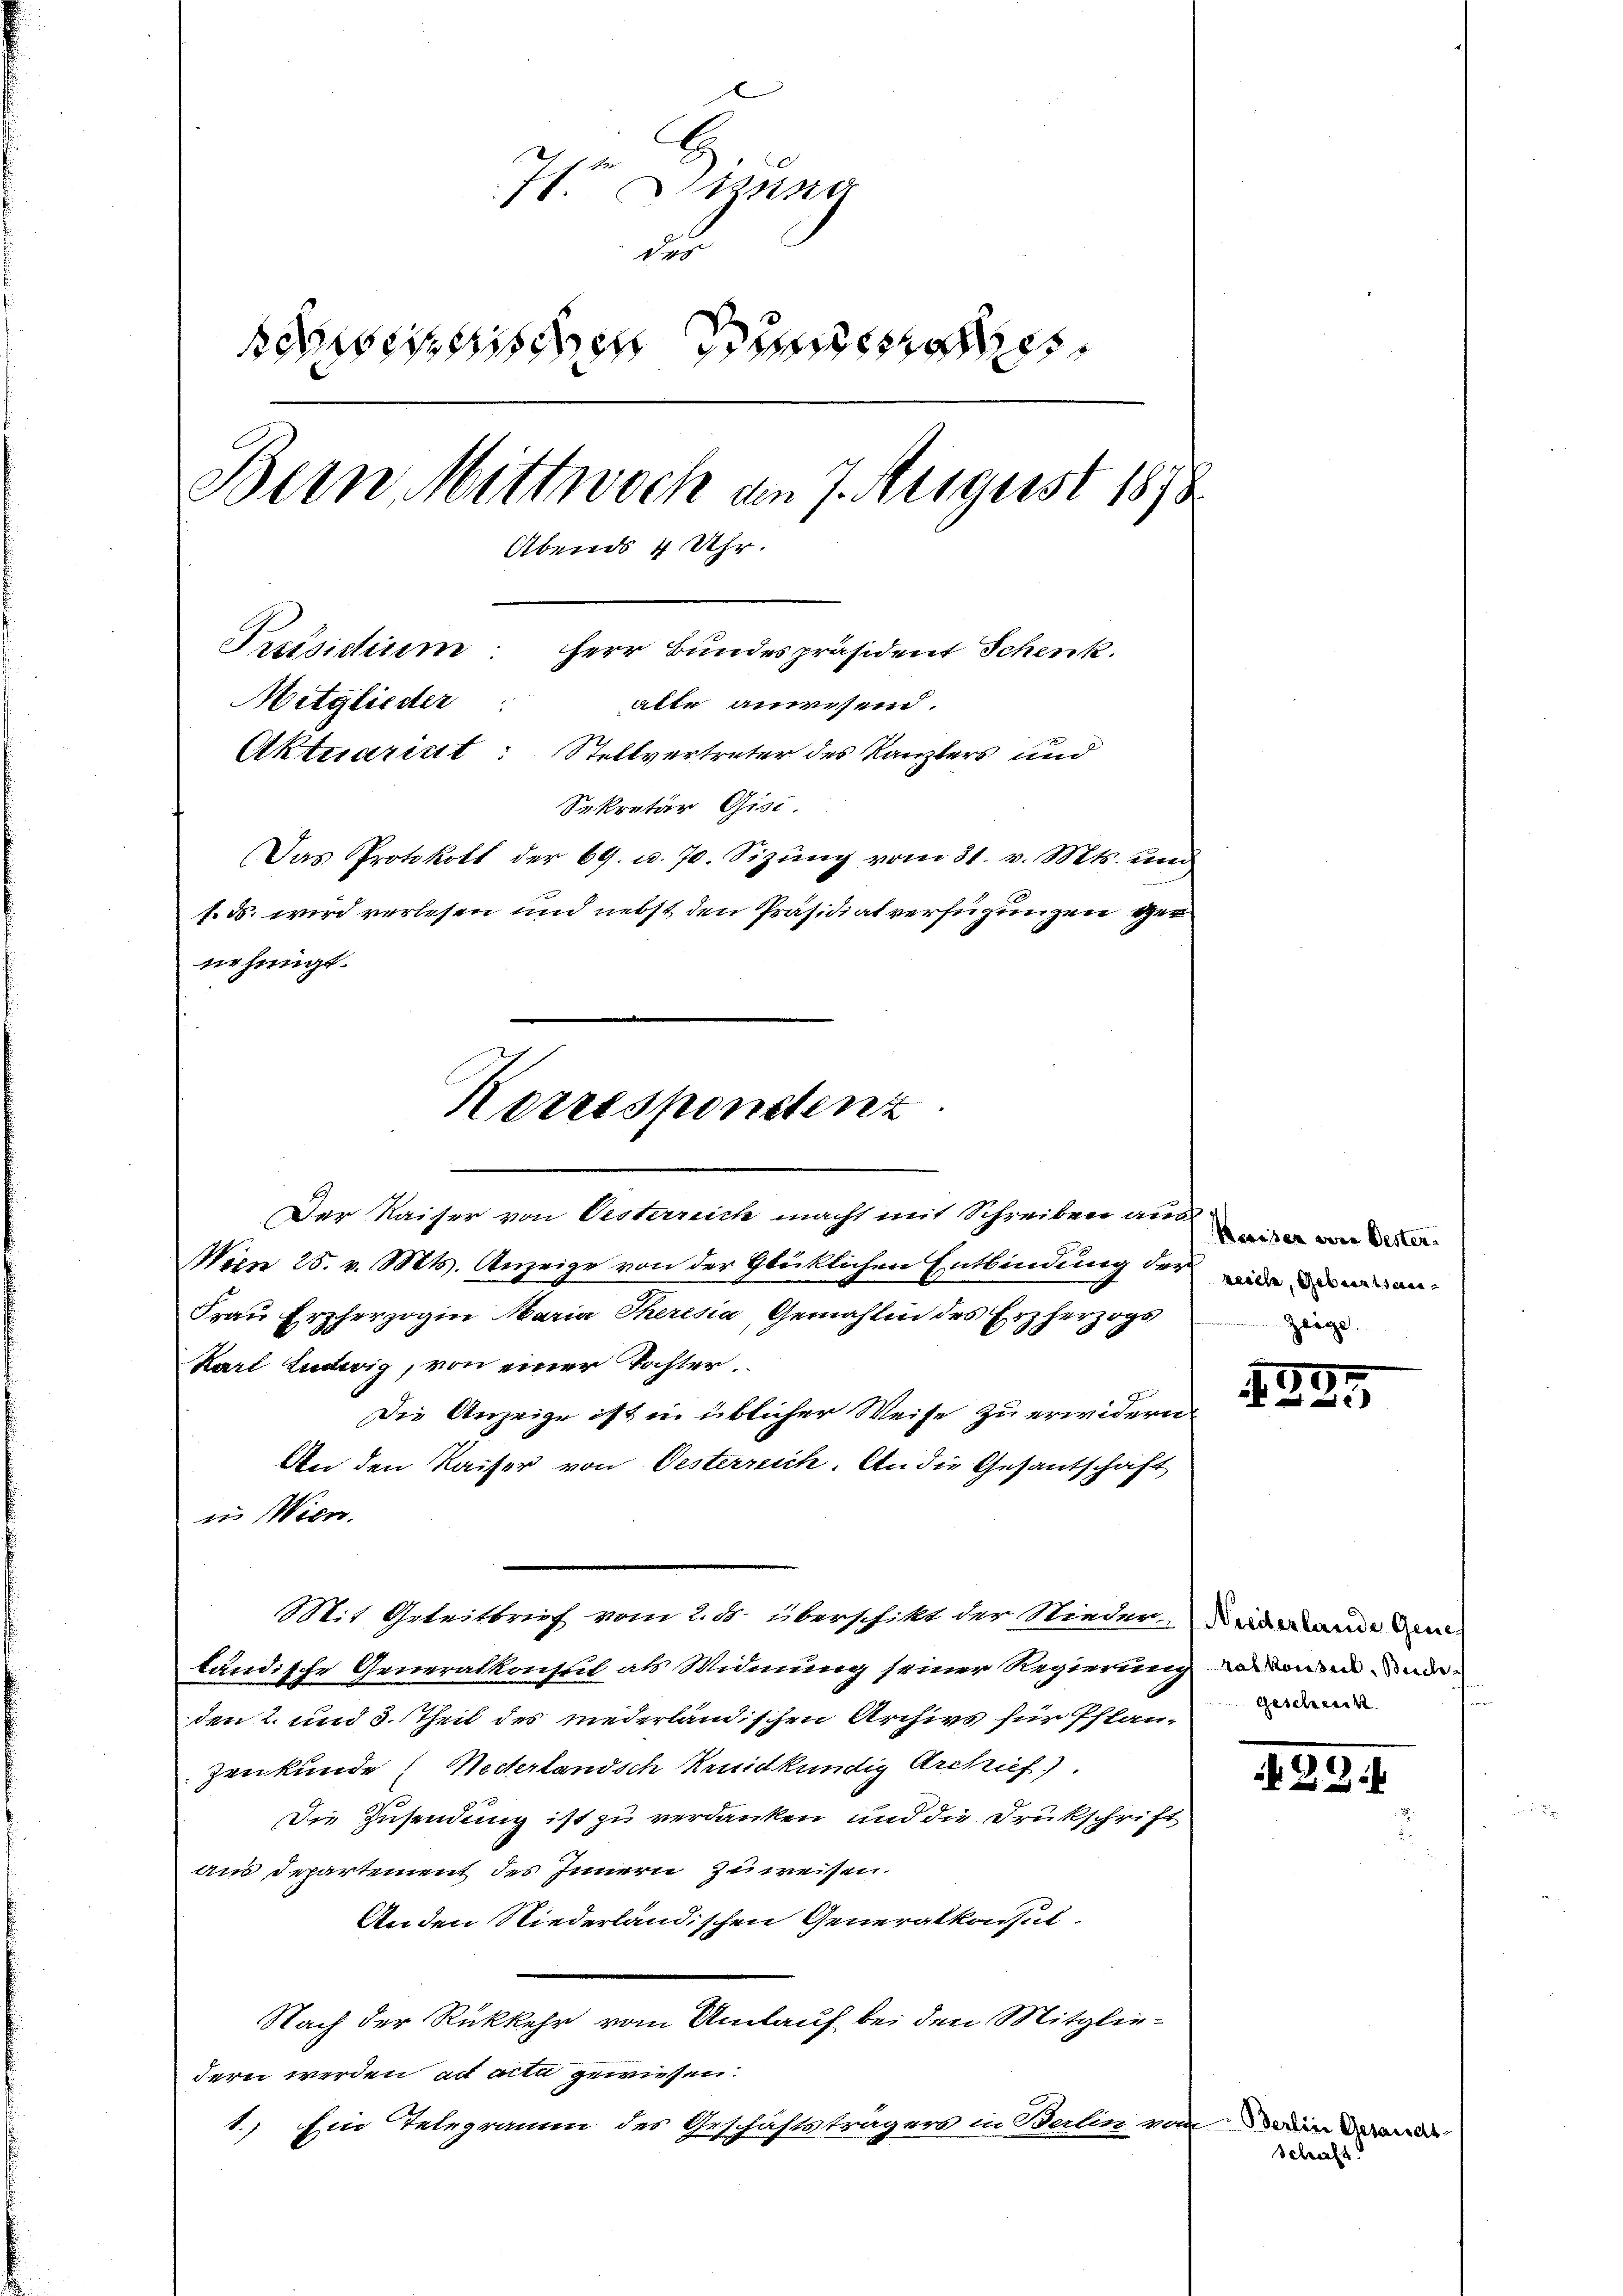
D
Iste Sitzung
de
Beseitischen Sinne
Bern Mittwoch am 7. August 1878
Abends 4 Uhr.
Preisitium: Herr Bundespräsident Schenk.
Mitglieder
atte anwesen.
Aktuarint: Stellvertreter des Kanzlers und
Sekretär Gisi.
Das Protokoll der 69. a. 70. Sizŭng vom 31. v. Mts. und
1. ds. wird verlesen und nebst den Präsidiat verfügungen vernehmigt.

Korrespondenz

Der Kaiser von Oesterreich macht mit Schreiben aus
Woen 25. v. Mts. Anzeige von der Glücklichen Entbindung der wie des an¬
Fraŭ Erzherzogin Maria Theresia, Gemahlin des Erzherzogs
Karl Ludwig, von einer Tochter.
Die Anzeige ist in üblicher Weise zu erwideren
An den Kaiser von Oesterreich. An die Gesantschaft
en Wien.
Mit Getritbrief vom 2. ds. überschikt der Nieder Des Mann dem
tändische Generalkonsul als Widmung seiner Regierung wesende
den 2. und 3. Theil des niederländischen Archivs für Pflan¬
Zenkunde (Nederlandsch Renidkundig Archief).
Die Zusendung ist zu verdanken und die Drukschrift
aus Departement des Innern zuweisen.
Anden Niederländischen Generalkonsul-
Nach der Rückkehr vom Umlauf bei den Mitglie-
dern werden ad acta gewiesen:
1.) Ein Telegramm des Geschäftsträgers in Berlin vom Dein de

Kaiser wie Bester.
Zeige.

.
39

Geschenck

439.

Schaft.